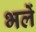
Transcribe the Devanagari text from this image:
भलें